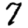
Digit: 7